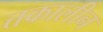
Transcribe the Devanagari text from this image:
त्तकालीन